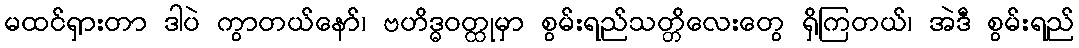
မထင်ရှားတာ ဒါပဲ ကွာတယ်နော်၊ ဗဟိဒ္ဓဝတ္ထုမှာ စွမ်းရည်သတ္တိလေးတွေ ရှိကြတယ်၊ အဲဒီ စွမ်းရည်